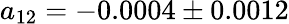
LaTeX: a_{12}=-0.0004\pm 0.0012